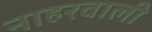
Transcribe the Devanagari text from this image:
नाहरवाली